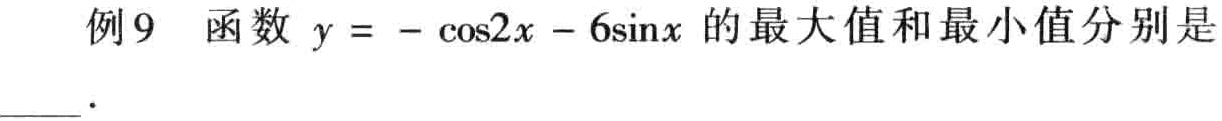
例9 函数 \(y = -\cos2x - 6\sin x\) 的最大值和最小值分别是  ．